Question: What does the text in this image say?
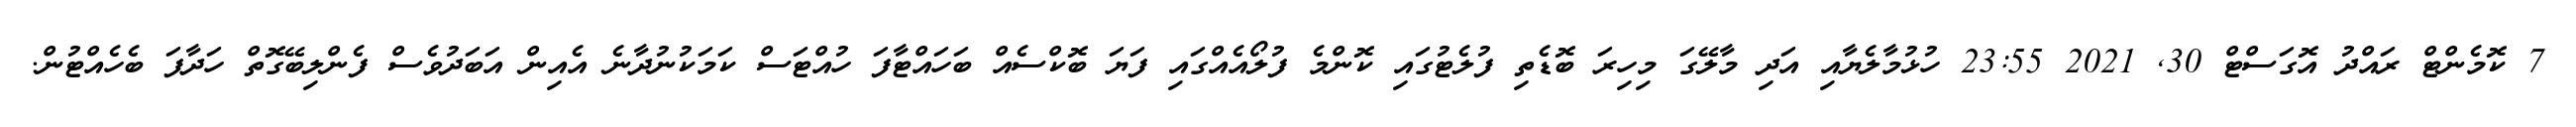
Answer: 7 ކޮމެންޓް ރައްދު އޮގަސްޓް 30, 2021 23:55 ހުޅުމާލެޔާއި އަދި މާލޭގަ މިހިރަ ބޮޑެތި ފުލެޓުގައި ކޮންމެ ފުލޯއެއްގައި ފަޔަ ބޮކްސެއް ބަހައްޓާފަ ހުއްޓަސް ކަމަކުނުދާނެ އެއިން އަބަދުވެސް ފެންލިބޭގޮތް ހަދާފަ ބެހެއްޓުން.